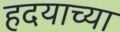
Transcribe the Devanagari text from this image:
हदयाच्या